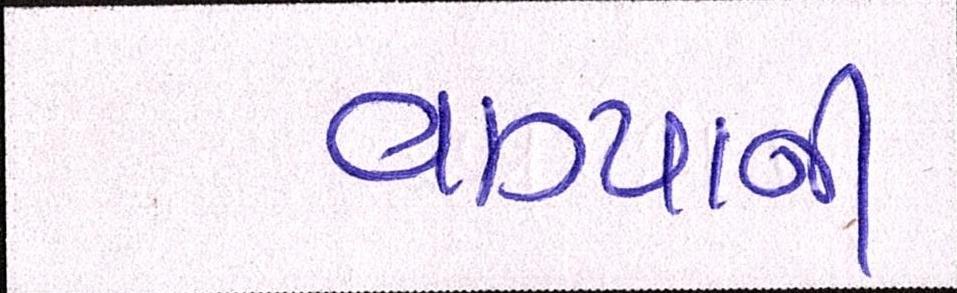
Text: વાગ્યાની